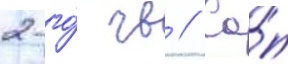
2-го́ гв // Са́п